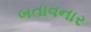
બતાવનાર